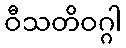
ဝီသတိဝဂ္ဂါ